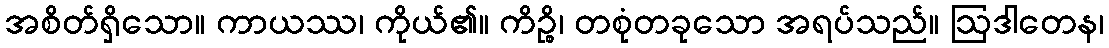
အစိတ်ရှိသော။ ကာယဿ၊ ကိုယ်၏။ ကိဉ္စိ၊ တစုံတခုသော အရပ်သည်။ ဩဒါတေန၊